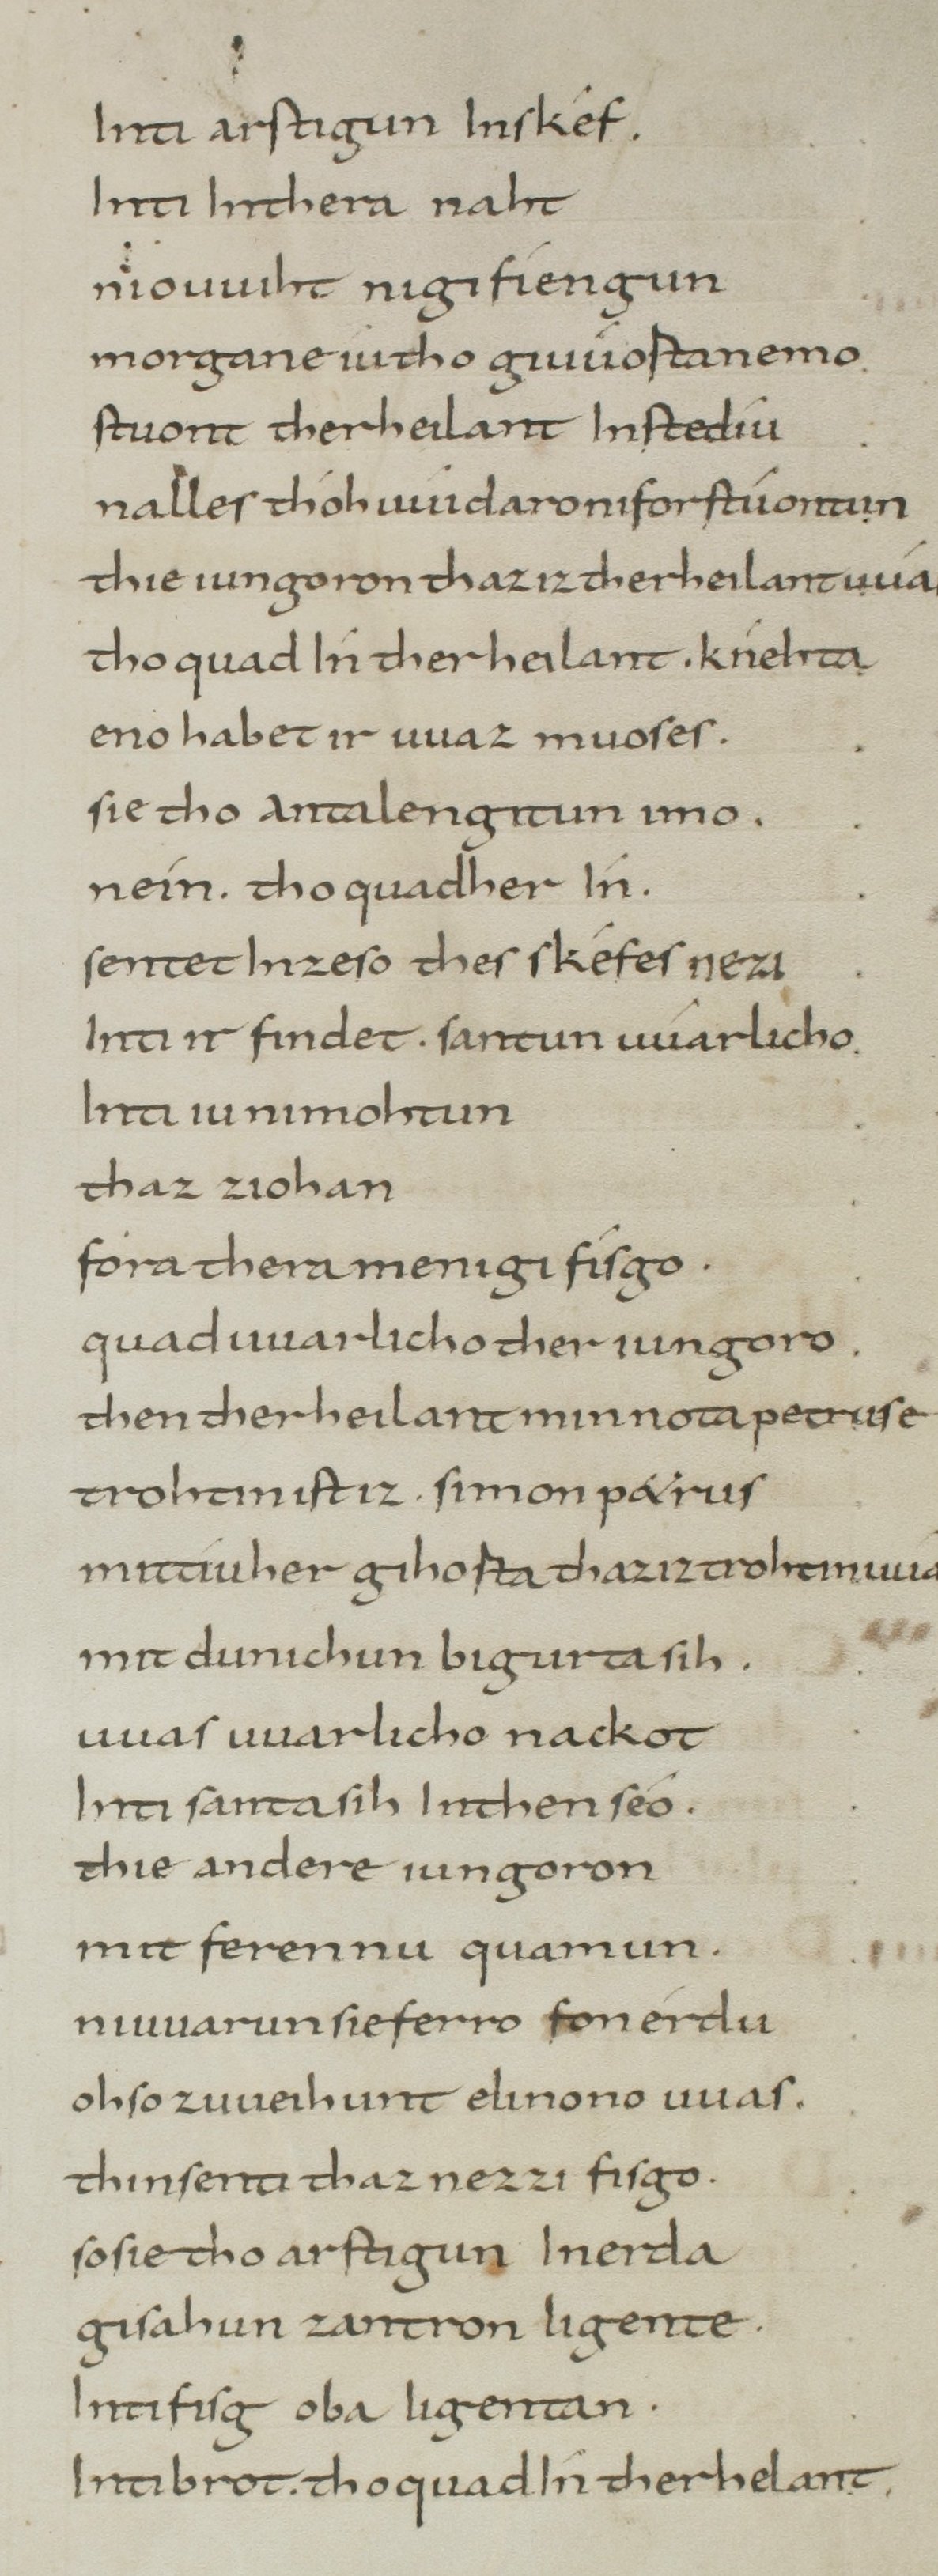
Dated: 800–849